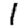
Digit: 1